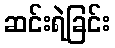
ဆင်းရဲခြင်း